Vital statistics of India. Vol. IV, Annual returns from 1871 to 1876. British Army of India, Native Army and jails of Bengal
Year: 1871
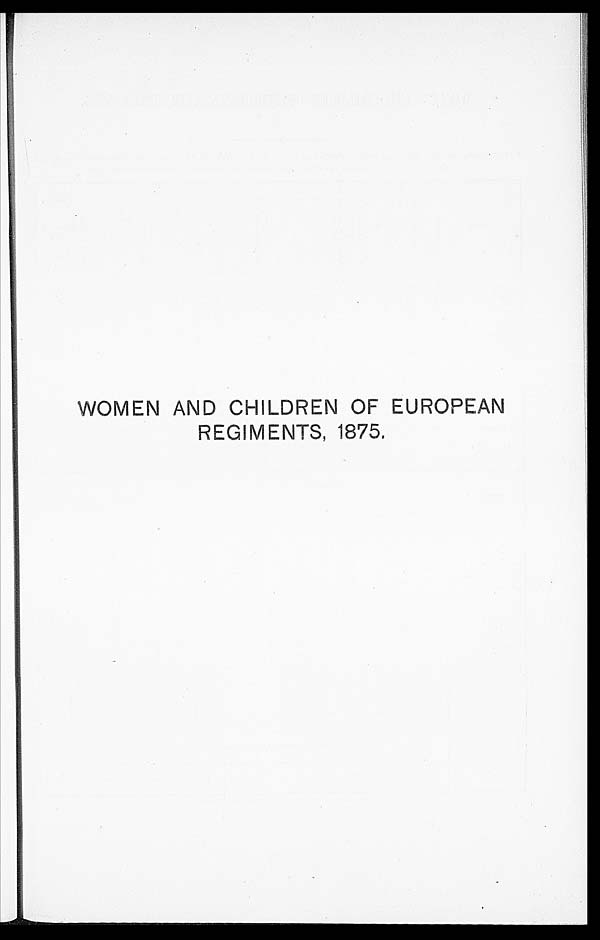
WOMEN AND CHILDREN OFEUROPE
AN
REGIMENTS, 1875.